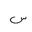
Letter: _sin